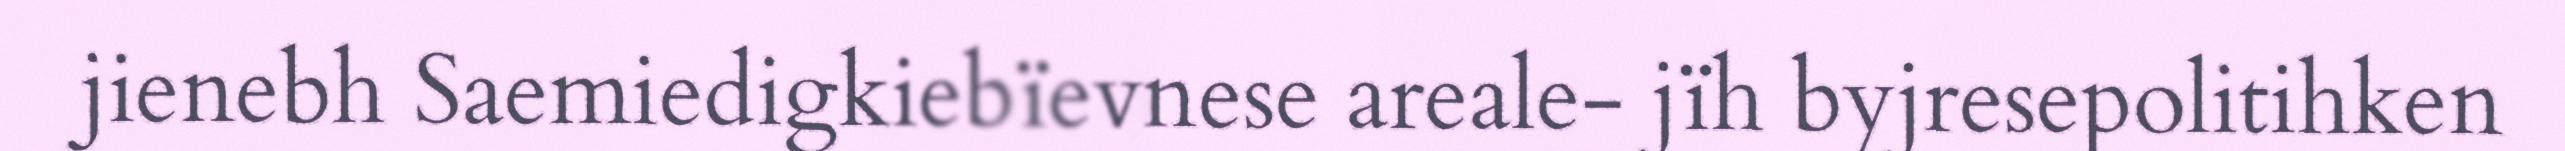
jienebh Saemiedigkiebïevnese areale- jïh byjresepolitihken